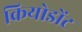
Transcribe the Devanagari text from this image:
क्रियोडोंट